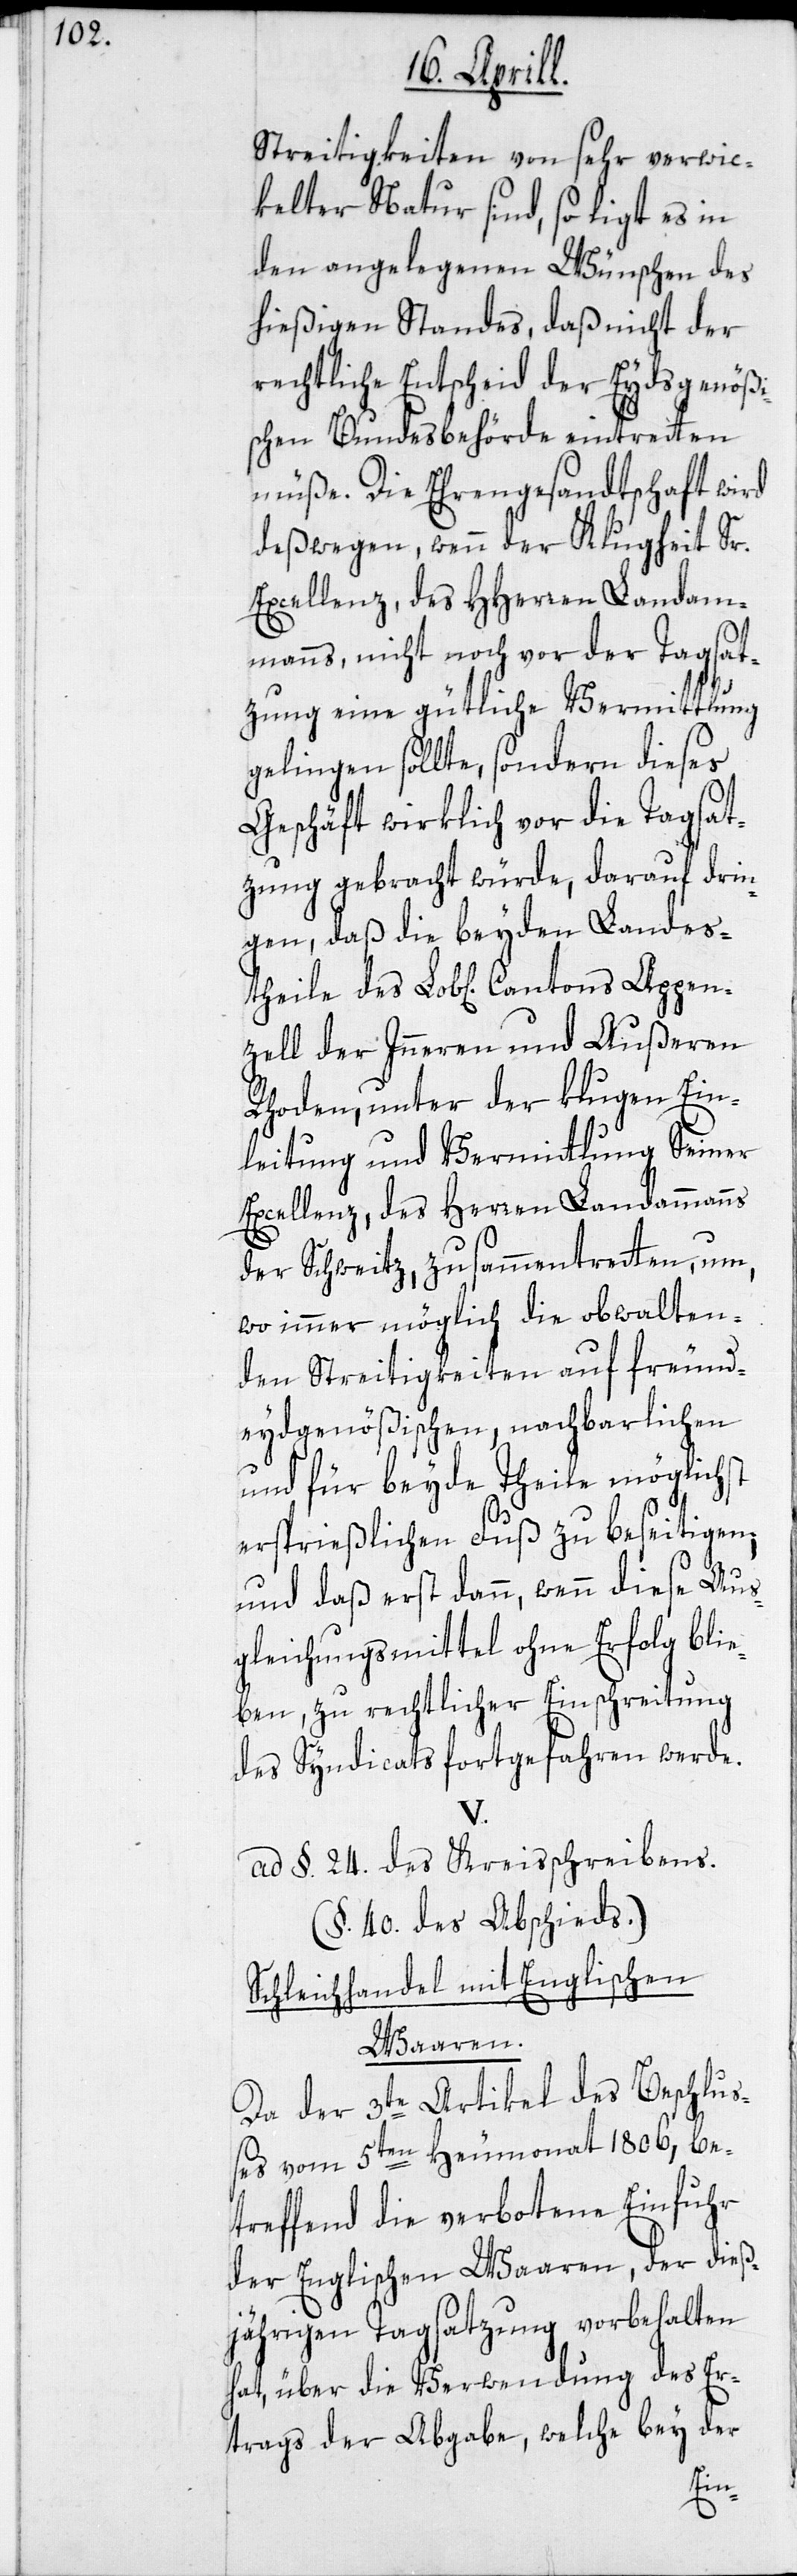
Streitigkeiten von sehr verwic¬
kelter Natur sind, so ligt es in
den angelegenen Wünschen des
hießigen Standes, daß nicht der
rechtliche Entscheid der Eydsgenößi¬
schen Bundesbehörde eintretten
müße. Die Ehrengesandtschaft wird
deßwegen, wenn der Klugheit Sr.
Excellenz, des HHerren Landam¬
manns, nicht noch vor der Tagsat¬
zung eine gütliche Vermittlung
gelingen sollte, sondern dieses
Geschäft wirklich vor die Tagsat¬
zung gebracht würde, darauf drin¬
gen, daß die beyden Landest¬
zell der Inneren und Außeren
Rhoden, unter der klugen Ein¬
leitung und Vermittlung Seiner
Excellenz, des Herren Landammanns
der Schweitz, zusammentretten, um,
wo immer möglich die obwalten¬
den Streitigkeiten auf freund¬
eydgenößischen, nachbarlichen
und für beyde Theile möglichst
ersprießlichen Fuß zu beseitigen;
und daß erst dann, wenn diese Aus¬
gleichungsmittel ohne Erfolg blie¬
ben, zu rechtlicher Einschreitung
des Syndicats fortgefahren werde.
V.
ad §. 24. des Kreisschreibens.
(§. 40. des Abschieds.)
Schleichhandel mit Englischen
Waaren.
Da der 3te Artikel des Beschlus¬
ses vom 5ten Heumonat 1806, be¬
treffend die verbotene Einfuhr
der Englischen Waaren, der dieß¬
jährigen Tagsatzung vorbehalten
hat, über die Verwendung des Er¬
trags der Abgabe, welche bey der
pen¬